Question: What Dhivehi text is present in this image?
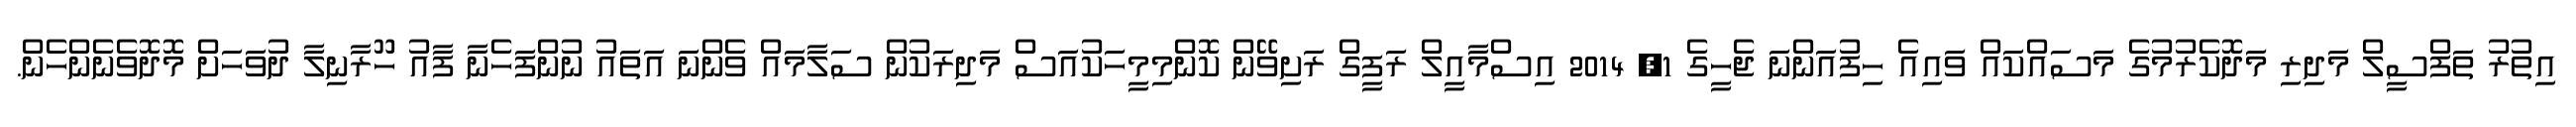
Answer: އިތުރު ތަފްސީލް މަދިރި މަދޮކެރުމުގެ މަސައްކައް ވައިއެ ހިފުއަންނަ ޖެހީގެ 1, 2014 އިސްމާއީލް ރަފީގް ރަށިވޭން ކޮންމިމީހަކުއަސް މަދިރަކުން ސަލާމައް ވެންނަ އަތައު ނުންފަހެނާ ފާއު ހޫރާނިލާ ދުވަހަށް މޮދޮވެނެންހެން.